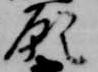
願